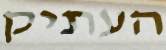
העתיק